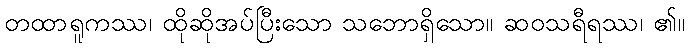
တထာရူကဿ၊ ထိုဆိုအပ်ပြီးသော သဘောရှိသော။ ဆဝသရီရဿ၊ ၏။